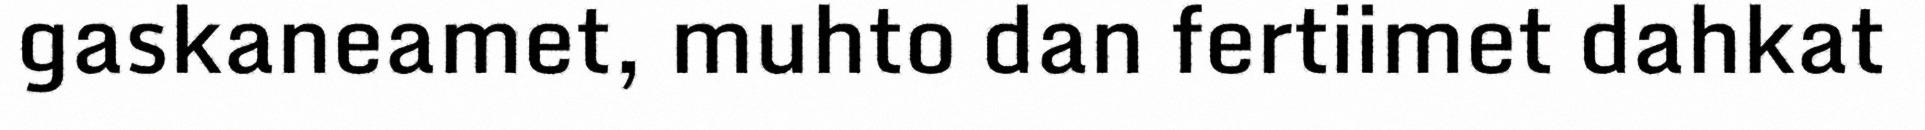
gaskaneamet, muhto dan fertiimet dahkat